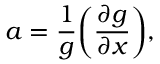
a = \frac { 1 } { g } \bigg ( \frac { \partial g } { \partial x } \bigg ) ,